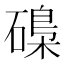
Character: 𱴯